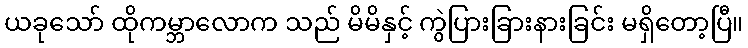
ယခုသော် ထိုကမ္ဘာလောက သည် မိမိနှင့် ကွဲပြားခြားနားခြင်း မရှိတော့ပြီ။